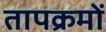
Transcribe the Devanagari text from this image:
तापक्रमों